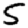
Digit: 5